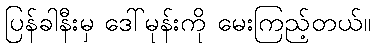
ပြန်ခါနီးမှ ဒေါ်မုန်းကို မေးကြည့်တယ်။